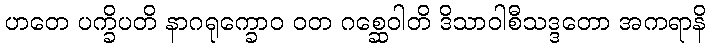
ဟတေ ပက္ခိပတိ နာဂရုက္ခောဝ ဝတ ဂစ္ဆေဝါတိ ဒိသာဝါစီသဒ္ဒတော အကရာနိ